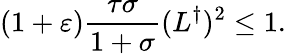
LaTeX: (1+\varepsilon)\frac{\tau\sigma}{1+\sigma}(L^{\dagger})^{2}\leq 1.